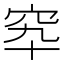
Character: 𥤿